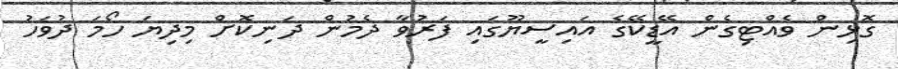
ގޮޅިން ވެއްޓިގެން އޭޑީކޭގެ އައިސީޔޫގައި ފަރުވާ ދެމުން ދަނިކޮށް މިދިޔަ ހޯމަ ދުވަހު